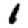
Digit: 1